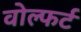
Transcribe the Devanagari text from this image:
वोल्फर्ट